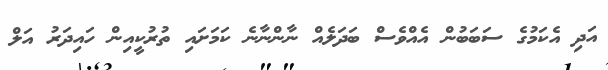
އަދި އެކަމުގެ ސަބަބުން އެއްވެސް ބަދަލެއް ނާންނާނެ ކަމަށައި ތުރުކީއިން ހައިދަރު އަލް